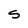
Character: S